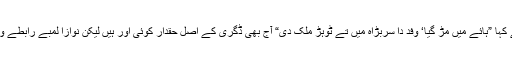
وفد کے سربراہ نے کہا ”ہائے میں مڑ گیا‘ وفد دا سربڑاہ میں تے ٹوہڑ ملک دی“ آج بھی ڈگری کے اصل حقدار کوئی اور ہیں لیکن نوازا لمبے رابطے والوں کو جا رہا ہے۔